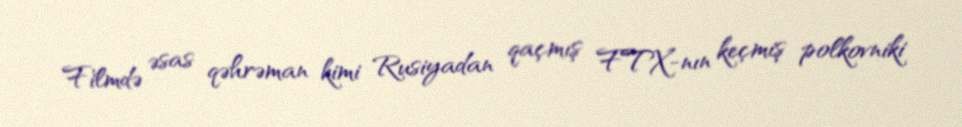
Filmdə əsas qəhrəman kimi Rusiyadan qaçmış FTX-nın keçmiş polkovniki